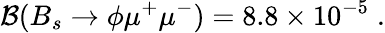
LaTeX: {\cal B}(B_{s}\to\phi\mu^{+}\mu^{-})=8.8\times 10^{-5}\; .